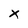
Character: X